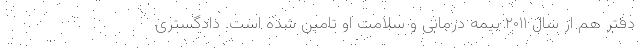
دفتر هم از سال ۲۰۱۱ بیمه درمانی و سلامت او تامین شده است. دادگستری